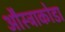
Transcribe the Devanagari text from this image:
औस्ट्राकोडा